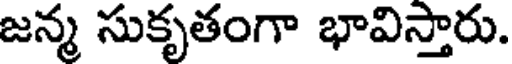
జన్మ సుకృతంగా భావిస్తారు.